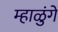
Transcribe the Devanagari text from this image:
म्हाळुंगे